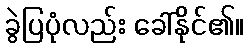
ခွဲပြပုံလည်း ခေါ်နိုင်၏။